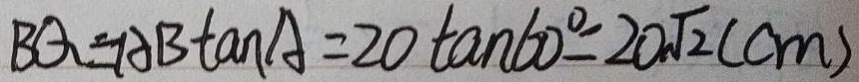
B Q = A B \tan A = 2 0 \tan 6 0 ^ { \circ } = 2 0 \sqrt { 2 } ( c m )